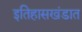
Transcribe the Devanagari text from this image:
इतिहासखंडात